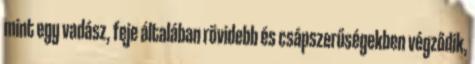
mint egy vadász, feje általában rövidebb és csápszerűségekben végződik,